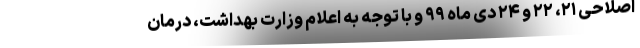
اصلاحی ۲۱، ۲۲ و ۲۴ دی ماه ۹۹ و با توجه به اعلام وزارت بهداشت، درمان